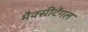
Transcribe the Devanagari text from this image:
मैक्‍सीटेंगल